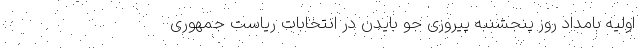
اولیه بامداد روز پنجشنبه پیروزی جو بایدن در انتخابات ریاست جمهوری